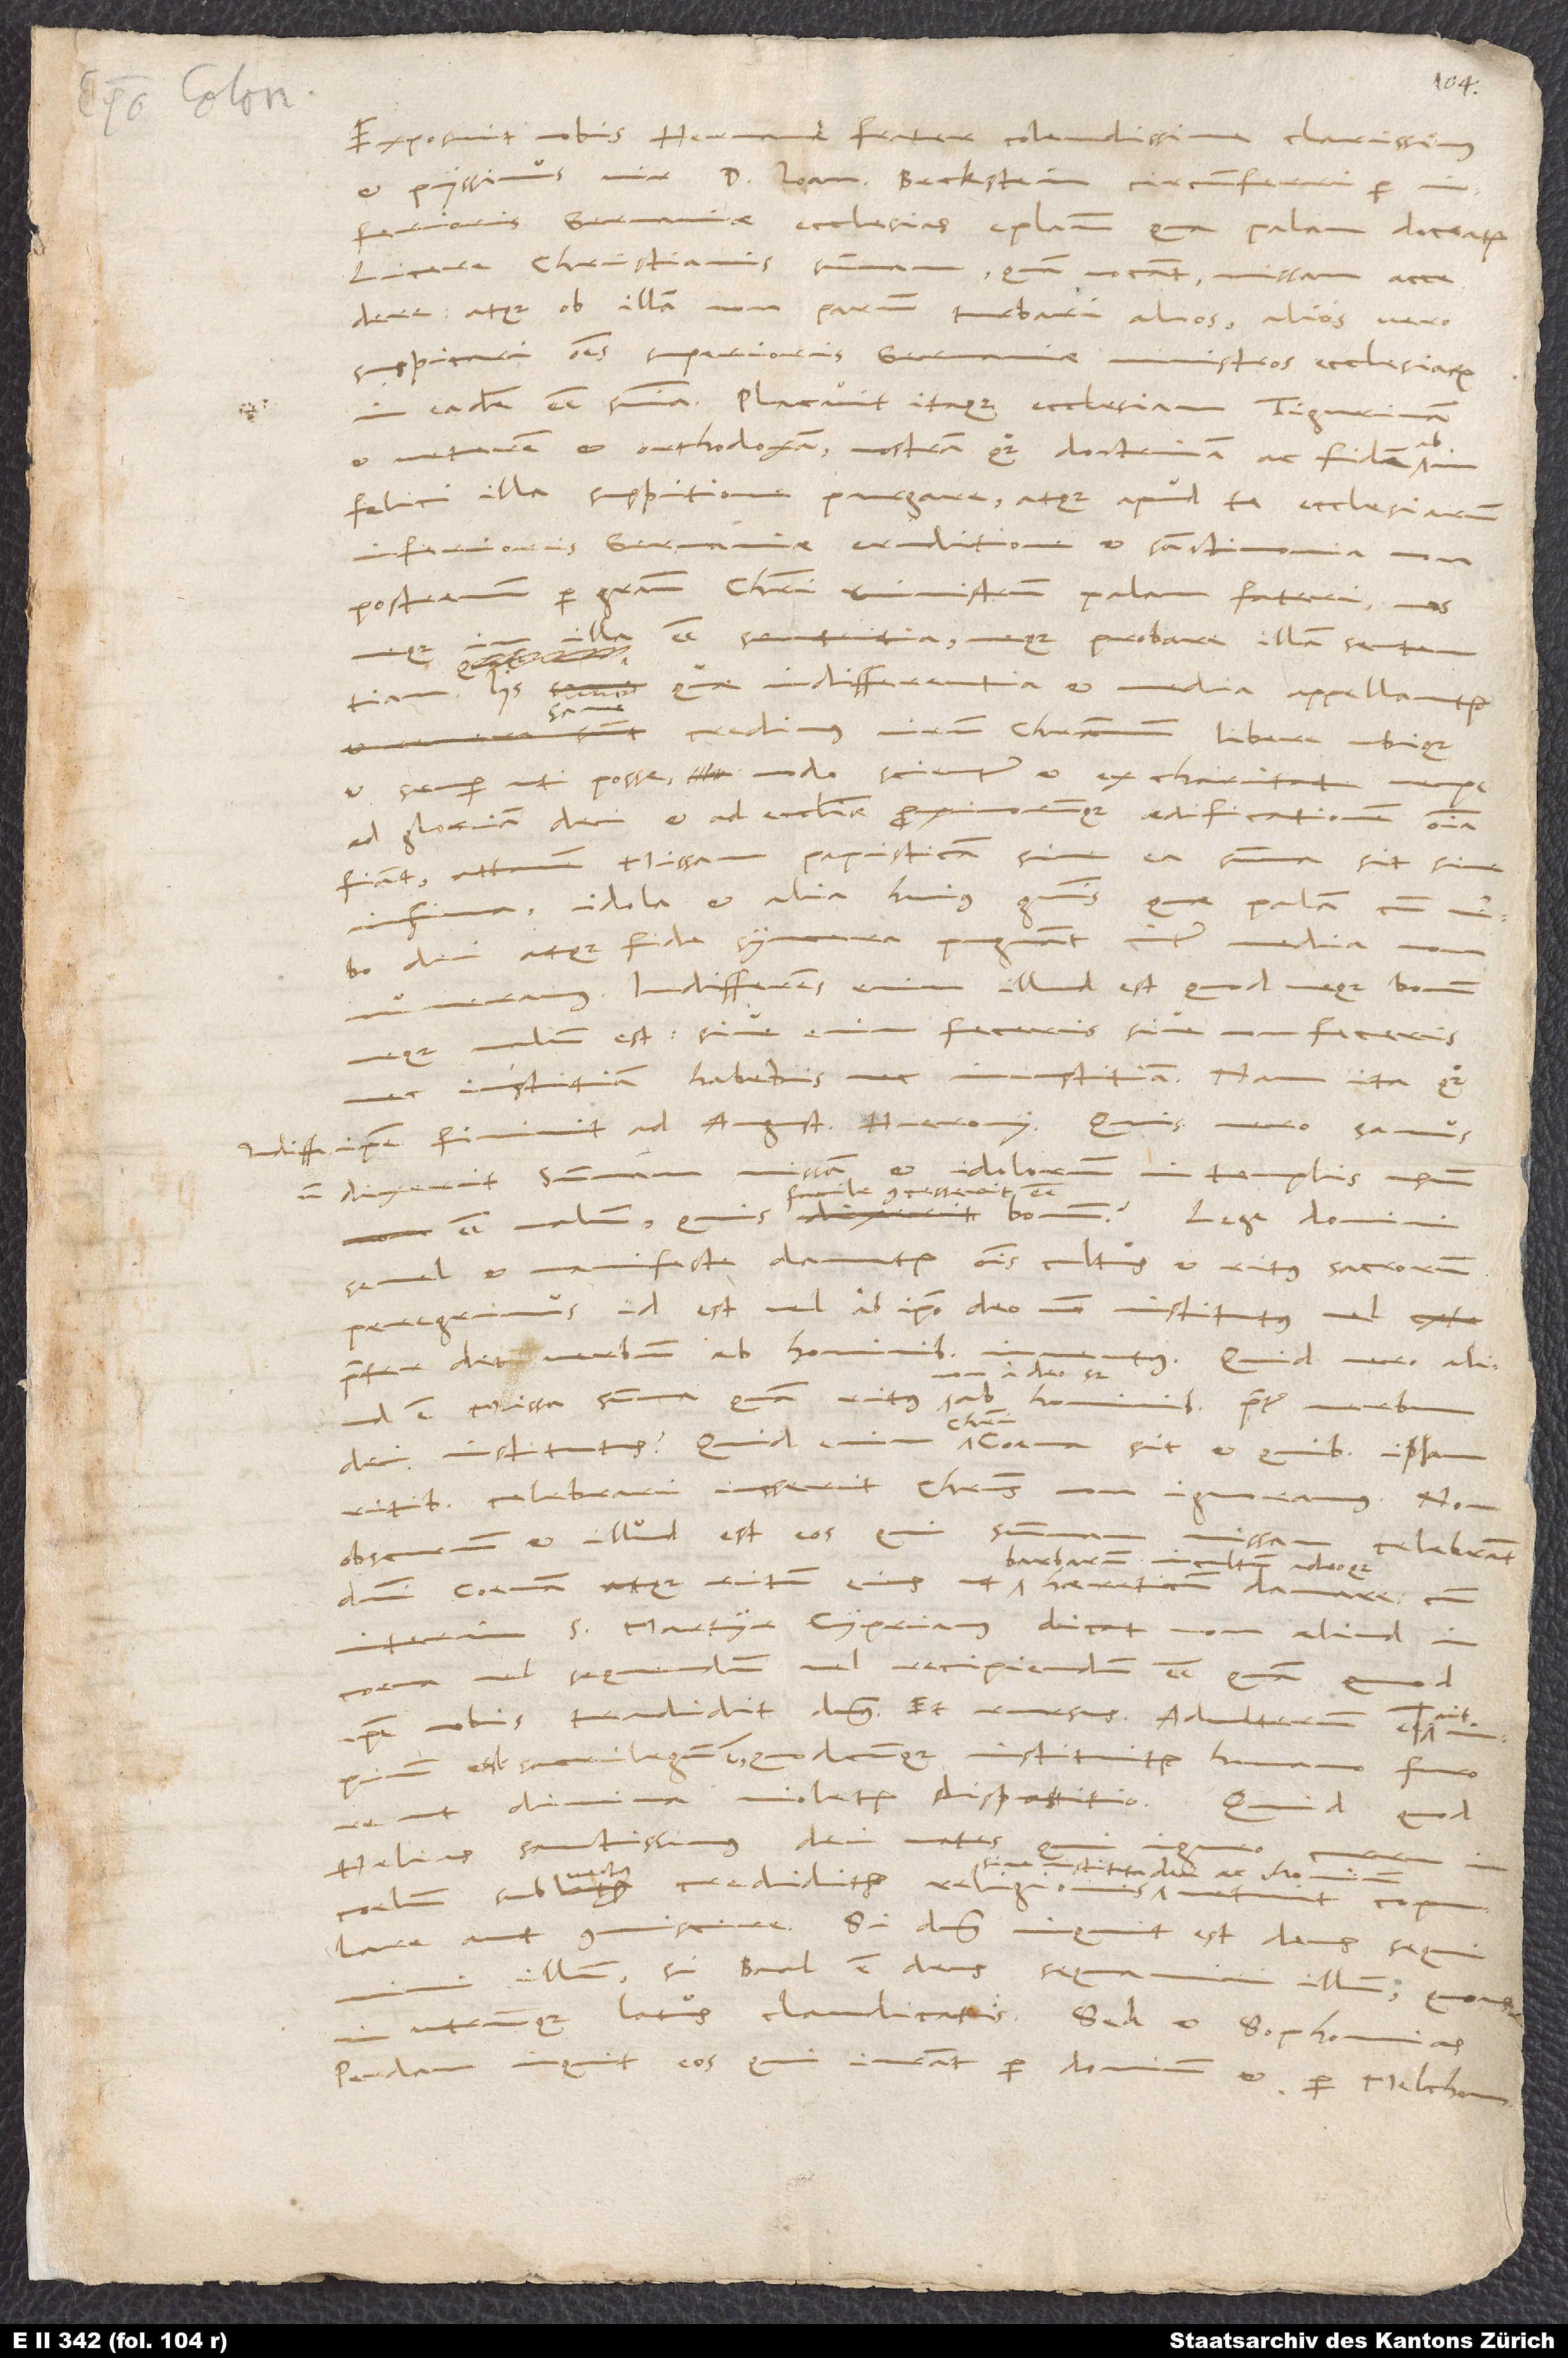
Exposuit nobis, Hermane frater colendissime, clarissimus
et piissimus vir d. Ioannes Beckstein circumferri per
Inferioris Germaniae ecclesias epistolam, qua palam doceatur
licere christianis summam, quam vocant, missam accedere,
atque ob illam non parum turbari alios, alios vero
suspicari omnes Superioris Germaniae ministros ecclesiarum
in eadem esse sententia. Placuit itaque ecclesiam Tigurinam
veterem et orthodoxam nostram quoque doctrinam ac fidem ab
infelici illa suspitione purgare atque apud te, ecclesiarum
Inferioris Germaniae eruditione et sanctimonia non
postremum per gratiam Christi ministrum, palam fateri nos
neque in illa esse sententia neque probare illam sententiam.
quae indifferentia et media appellantur,
credimus virum christianum libere ubique
et semper uti posse, modo scienter et ex charitate,
ad gloriam dei et ad ecclesiae proximorumque aedificationem omnia
attamen missam papisticam, sive ea summa sit sive
idola et alia huius generis, quae palam cum verbo
inter media
dei atque fide
Indifferens enim illud est, quod „neque bonum
feceris sive non feceris,
neque malum est; sive enim
iniustitiam“; nam ita quoque
iustitiam habebis nec
ipse finivit ad Augustinum Hieronymus. Quis vero sanus
summam missam et idolorum in templis usum
concesserit esse
manifeste damnatur omnis cultus et ritus sacrorum
peregrinus, id est vel ab ipso deo non institutus vel
praeter dei verbum ab hominibus inventus.
Quid vero aliud
verbum
ritibus celebrari iusserit Christus, non ignoramus. Non
obscurum et illud est eos, qui
missam celebrant,
barbarum, incultum adeoque
martyr Cyprianus dicat non aliud in
coena vel sequendum vel recipiendum esse, quam quod
ipse nobis tradidit dominus. Et rursus: „Adulterum est“,
est, sacrilegum est, quodcunque instituitur humano
ut divina violetur dispositio.“ Quid,
Helias, sanctissimus dei vates,
coelum subvectus creditur, religiones
aut commiscere? „Si dominus“, inquit, „est deus, sequimini
illum; si Baal est deus, sequamini
utrumque latus claudicatis?“ Sed et Sophonias:
„Perdam“, inquit, „eos, qui iurant per dominum et per Melchom.“